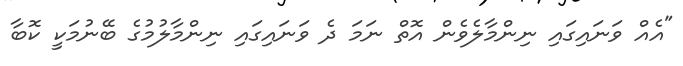
"އެއް ވަނައިގައި ނިންމާލެވެން އޮތް ނަމަ ދެ ވަނައިގައި ނިންމާލުމުގެ ބޭނުމަކީ ކޮބާ